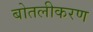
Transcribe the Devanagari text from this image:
बोतलीकरण